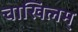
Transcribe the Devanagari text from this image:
चाखिलम्‌